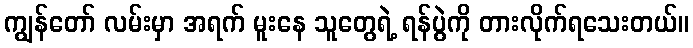
ကျွန်တော် လမ်းမှာ အရက် မူးနေ သူတွေရဲ့ ရန်ပွဲကို တားလိုက်ရသေးတယ်။